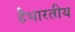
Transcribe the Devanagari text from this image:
हैभारतीय